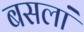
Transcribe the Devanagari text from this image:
बसलां